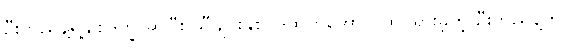
ဦးဘညွန့်ရဲ့ချစ်ဒုက္ခ ဆိုပြီး သီချင်းနှစ်ပုဒ်ထွက်အောင် ထင်ရှားခဲ့တဲ့ ဦးဘညွန့်ဟာ